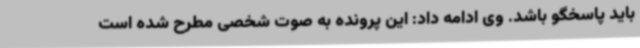
باید پاسخگو باشد. وی ادامه داد: این پرونده به صوت شخصی مطرح شده است